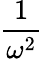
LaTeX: \frac{1}{\omega^{2}}